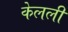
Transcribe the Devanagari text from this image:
केलली